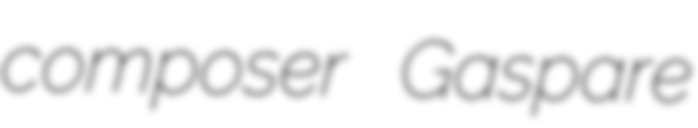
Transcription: composer Gaspare